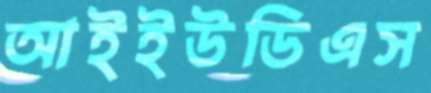
আইইউডিএস